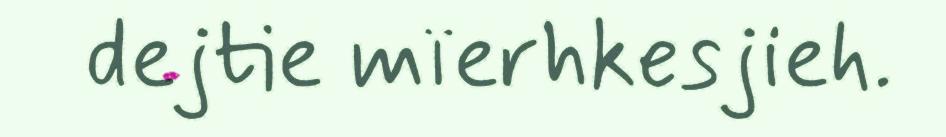
dejtie mïerhkesjieh.